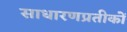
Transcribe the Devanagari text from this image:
साधारणप्रतीकों